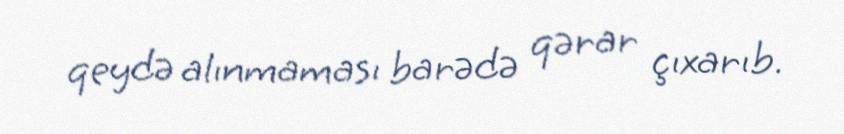
qeydə alınmaması barədə qərar çıxarıb.